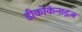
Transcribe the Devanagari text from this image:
डीकोकेनाइज़